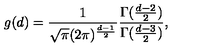
g ( d ) = \frac { 1 } { \sqrt { \pi } ( 2 \pi ) ^ { \frac { d - 1 } { 2 } } } \frac { \Gamma ( \frac { d - 2 } { 2 } ) } { \Gamma ( \frac { d - 3 } { 2 } ) } ,